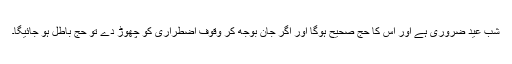
شب عید ضروری ہے اور اس کا حج صحیح ہوگا اور اگر جان بوجھ کر وقوف اضطراری کو چھوڑ دے تو حج باطل ہو جائیگا۔